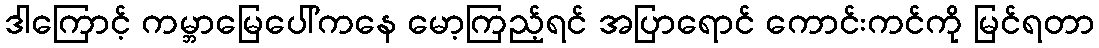
ဒါကြောင့် ကမ္ဘာမြေပေါ်ကနေ မော့ကြည့်ရင် အပြာရောင် ကောင်းကင်ကို မြင်ရတာ